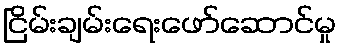
ငြိမ်းချမ်းရေးဖော်ဆောင်မှု